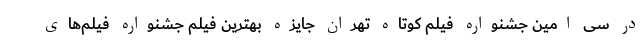
در سی امین جشنواره فیلم کوتاه تهران جایزه بهترین فیلم جشنواره فیلم‌های